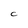
Character: C